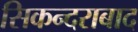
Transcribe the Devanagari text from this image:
सिकन्‍दराबाद